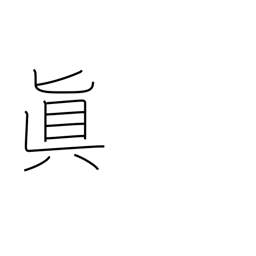
Meaning: Buddhist sect